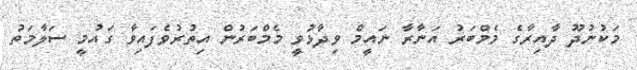
މަކުނުދޫ ދާއިރާގެ މެމްބަރު އަނާރާ ނައީމް ވިދާޅުވީ މެމްބަރުން އިތުރުވެފައިވާ ގައުމީ ސަލާމަތު